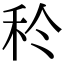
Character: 𥝨